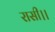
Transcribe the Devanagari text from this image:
रासी।।